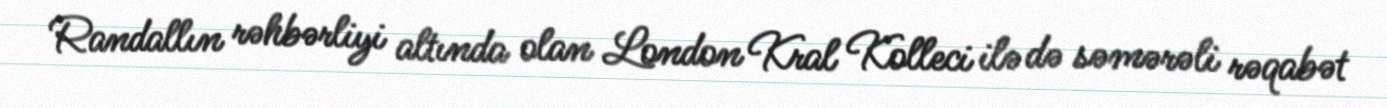
Randallın rəhbərliyi altında olan London Kral Kolleci ilə də səmərəli rəqabət